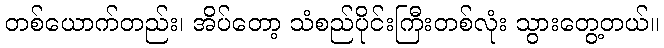
တစ်ယောက်တည်း၊ အိပ်တော့ သံစည်ပိုင်းကြီးတစ်လုံး သွားတွေ့တယ်။